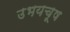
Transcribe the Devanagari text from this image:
उभयचूष